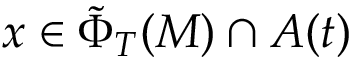
x \in \tilde { \Phi } _ { T } ( M ) \cap A ( t )